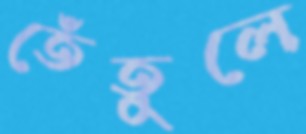
তেঁতুলে